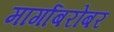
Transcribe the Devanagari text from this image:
मार्गाबरोबर